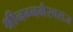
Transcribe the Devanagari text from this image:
श्रीनग्नभैरवराज